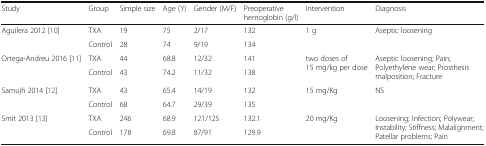
<table><thead><tr><td><b>Study</b></td><td><b>Group</b></td><td><b>Simple size</b></td><td><b>Age (Y)</b></td><td><b>Gender (M/F)</b></td><td><b>Preoperative hemoglobin (g/l)</b></td><td><b>Intervention</b></td><td><b>Diagnosis</b></td></tr></thead><tbody><tr><td rowspan="2">Aguilera 2012 [10]</td><td>TXA</td><td>19</td><td>75</td><td>2/17</td><td>132</td><td rowspan="2">1 g</td><td rowspan="2">Aseptic loosening</td></tr><tr><td>Control</td><td>28</td><td>74</td><td>9/19</td><td>134</td></tr><tr><td rowspan="2">Ortega-Andreu 2016 [11]</td><td>TXA</td><td>44</td><td>68.8</td><td>12/32</td><td>141</td><td rowspan="2">two doses of 15 mg/kg per dose</td><td rowspan="2">Aseptic loosening; Pain; Polyethylene wear; Prosthesis malposition; Fracture</td></tr><tr><td>Control</td><td>43</td><td>74.2</td><td>11/32</td><td>138</td></tr><tr><td rowspan="2">Samujh 2014 [12]</td><td>TXA</td><td>43</td><td>65.4</td><td>14/19</td><td>132</td><td rowspan="2">15 mg/Kg</td><td rowspan="2">NS</td></tr><tr><td>Control</td><td>68</td><td>64.7</td><td>29/39</td><td>135</td></tr><tr><td rowspan="2">Smit 2013 [13]</td><td>TXA</td><td>246</td><td>68.9</td><td>121/125</td><td>132.1</td><td rowspan="2">20 mg/Kg</td><td rowspan="2">Loosening; Infection; Polywear; Instability; Stiffness; Malalignment; Patellar problems; Pain</td></tr><tr><td>Control</td><td>178</td><td>69.8</td><td>87/91</td><td>129.9</td></tr></tbody></table>